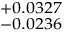
^ { + 0 . 0 3 2 7 } _ { - 0 . 0 2 3 6 }